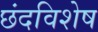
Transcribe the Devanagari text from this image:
छंदविशेष